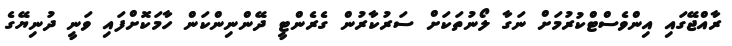
ރާއްޖޭގައި އިންވެސްޓްކުރުމަށް ނަގާ ލޯނުތަކަށް ސަރުކާރުން ގެރެންޓީ ދޭންނިންކަން ހާމަކޮށްފައި ވަނީ ދުނިޔޭގެ